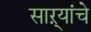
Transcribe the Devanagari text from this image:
साऱ्यांचे